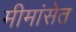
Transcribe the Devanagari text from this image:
मीमांसेत